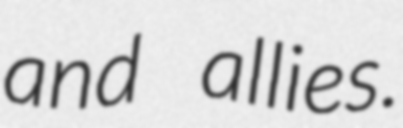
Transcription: and allies.